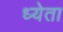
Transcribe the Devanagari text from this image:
ध्येता